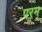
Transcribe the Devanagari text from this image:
परम्‌